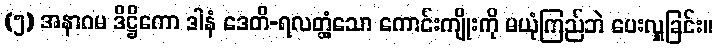
(၅) အနာဂမ ဒိဋ္ဌိကော ဒါနံ ဒေတိ-ရလတ္တံ့သော ကောင်းကျိုးကို မယုံကြည်ဘဲ ပေးလှူခြင်း။